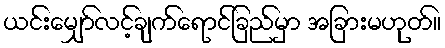
ယင်းမျှော်လင့်ချက်ရောင်ခြည်မှာ အခြားမဟုတ်။